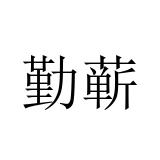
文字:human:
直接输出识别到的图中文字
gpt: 勤蕲